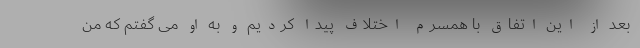
بعد از این اتفاق با همسرم اختلاف پیدا کردیم و به او می گفتم که من